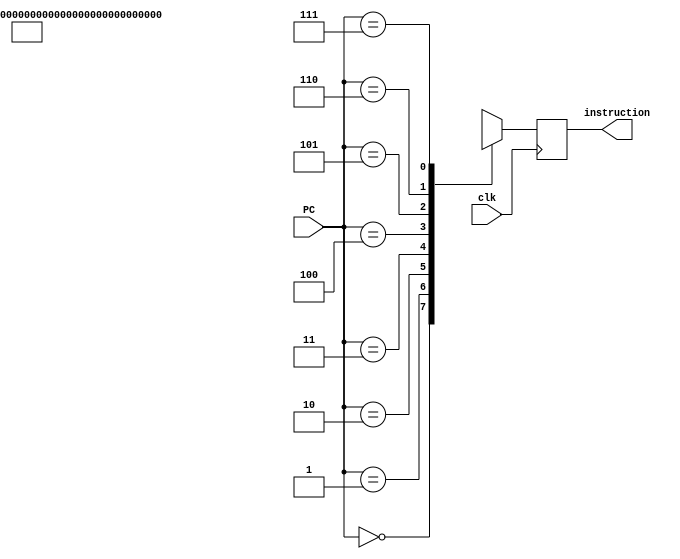
module inmem(input [2:0] PC, input clk, output reg [31:0] instruction);
    reg [31:0] ins_memo [7:0];
    always@(posedge clk)
    begin
    ins_memo[0] = 32'b00000000000000000000111010010011;
    ins_memo[1] = 32'b00000000001_00000_000_11110_0010011;
    ins_memo[2] = 32'b000000000000_11101_100_11100_0010011;
    ins_memo[3] = 32'b000000000000_11110_100_11011_0010011;
    ins_memo[4] = 32'b1000000_11100_11011_000_01010_0110011;
    ins_memo[5] = 32'b00000000_01010_11101_010_00000_0100011;
        instruction = ins_memo[PC];
    end
endmodule